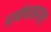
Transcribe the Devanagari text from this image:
प्रबंधकला